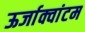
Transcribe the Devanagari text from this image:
ऊर्जाक्वांटम